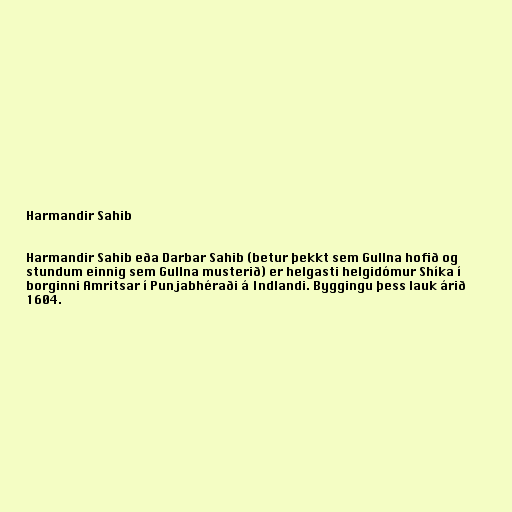
Harmandir Sahib

Harmandir Sahib eða Darbar Sahib (betur þekkt sem Gullna hofið og
stundum einnig sem Gullna musterið) er helgasti helgidómur Shíka í
borginni Amritsar í Punjabhéraði á Indlandi. Byggingu þess lauk árið
1604.